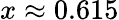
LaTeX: x\approx 0.615